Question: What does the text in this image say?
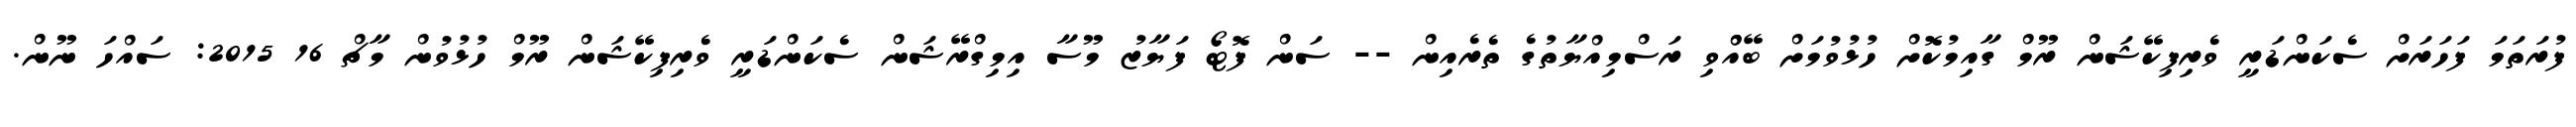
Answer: ފުރަތަމަ ފަހަރަށް ސެކަންޑަރީ ވެރިފިކޭޝަން ރޫމް ގާއިމުކޮށް ހުޅުވުމަށް ބޭއްްވި ރަސްމިއްޔާތުގެ ތެރެއިން -- ސަން ފޮޓޯ ފަޔާޒު މޫސާ އިމިގްރޭޝަން ސެކަންޑަރީ ވެރިފިކޭޝަން ރޫމް ހުޅުވުން މާޗް 16 2015: ސައްހަ ނޫން.